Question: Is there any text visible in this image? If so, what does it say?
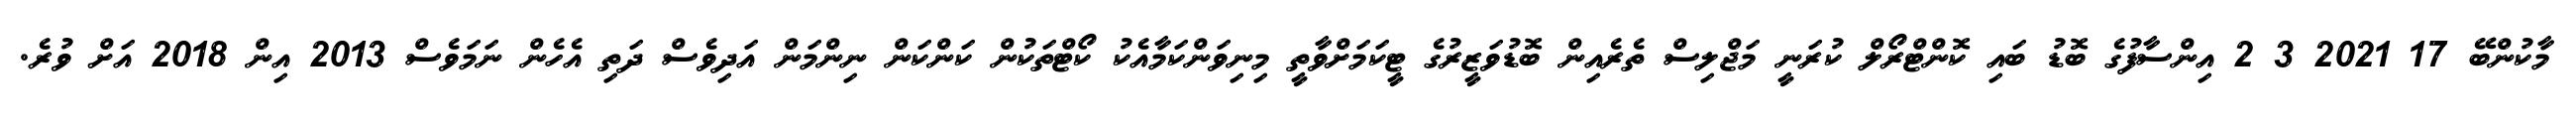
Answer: މާކުންބޭ 17 2021 3 2 އިންސާފުގެ ބޮޑު ބައި ކޮންޓްރޯލް ކުރަނީ މަޖްލިސް ތެރެއިން ބޮޑުވަޒީރުގެ ޓީކަމަށްވާތީ މިނިވަންކަމާއެކު ކޯޓްތަކުން ކަންކަން ނިންމަން އަދިވެސް ދަތި އެހެން ނަމަވެސް 2013 އިން 2018 އަށް ވުރެ.